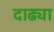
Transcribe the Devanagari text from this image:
दाढ्या